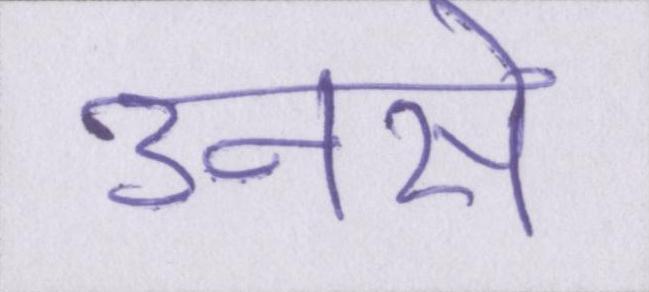
उनसे